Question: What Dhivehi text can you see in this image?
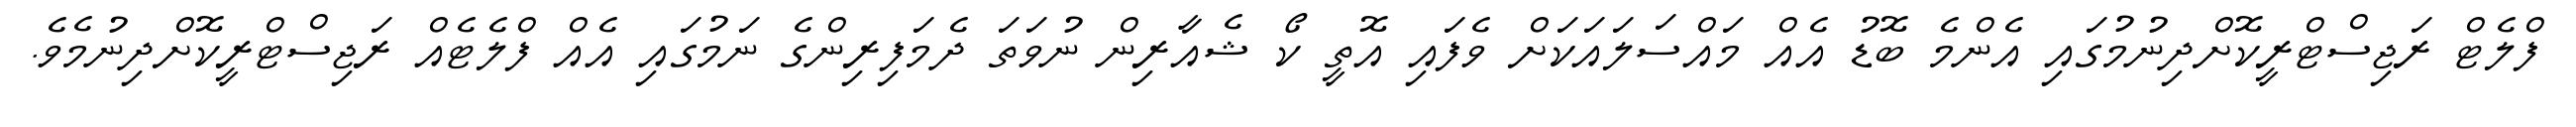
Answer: ފްލެޓް ރަޖިސްޓްރީކޮށްދިނުމުގައި އެންމެ ބޮޑު އެއް މައްސަލައަކަށް ވެފައި އޮތީ ކޯ ޝެއާރިން ނުވަތަ ދެމަފިރިންގެ ނަމުގައި އެއް ފްލެޓެއް ރަޖިސްޓްރީކޮށްދިނުމެވެ.